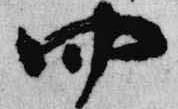
四